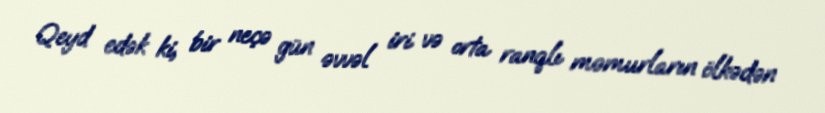
Qeyd edək ki, bir neçə gün əvvəl iri və orta ranqlı məmurların ölkədən